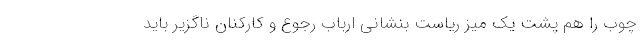
چوب را هم پشت یک میز ریاست بنشانی ارباب رجوع و کارکنان ناگزیر باید